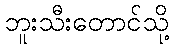
ဘူးသီးတောင်သို့